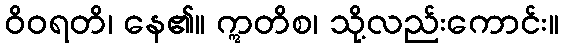
ဝိဝရတိ၊ နေ၏။ ဣတိစ၊ သို့လည်းကောင်း။